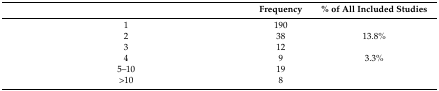
<table><thead><tr><td>[EMPTY_CELL]</td><td><b>Frequency</b></td><td><b>% of All Included Studies</b></td></tr></thead><tbody><tr><td>1</td><td>190</td><td>[EMPTY_CELL]</td></tr><tr><td>2</td><td>38</td><td>13.8%</td></tr><tr><td>3</td><td>12</td><td>[EMPTY_CELL]</td></tr><tr><td>4</td><td>9</td><td>3.3%</td></tr><tr><td>5–10</td><td>19</td><td>[EMPTY_CELL]</td></tr><tr><td>&gt;10</td><td>8</td><td>[EMPTY_CELL]</td></tr></tbody></table>